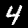
Label: 4